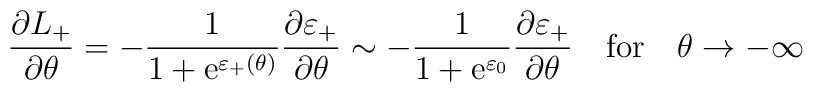
\frac{\partial L_{+}}{\partial \theta }=-\frac{1}{1+\mathrm{e}^{\varepsilon _{+}(\theta )}}\frac{\partial \varepsilon _{+}}{\partial \theta }\sim -\frac{1}{1+\mathrm{e}^{\varepsilon _{0}}}\frac{\partial \varepsilon _{+}}{\partial \theta }\quad \mathrm{for}\quad \theta \rightarrow -\infty